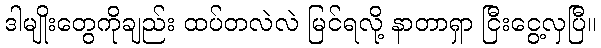
ဒါမျိုးတွေကိုချည်း ထပ်တလဲလဲ မြင်ရလို့ နာတာရှာ ငြီးငွေ့လှပြီ။